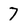
Character: 7